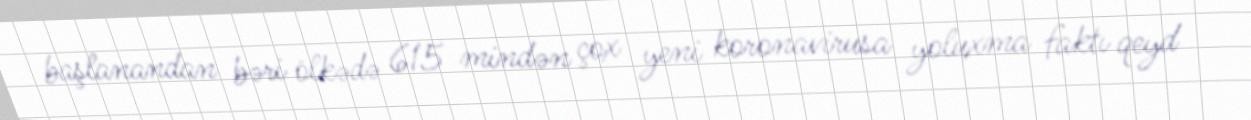
başlanandan bəri ölkədə 615 mindən çox yeni koronavirusa yoluxma faktı qeyd